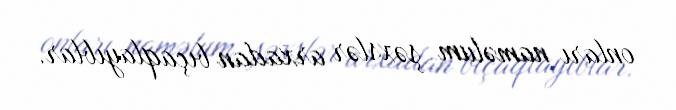
onları naməlum şəxslər arxadan bıçaqlayıblar.